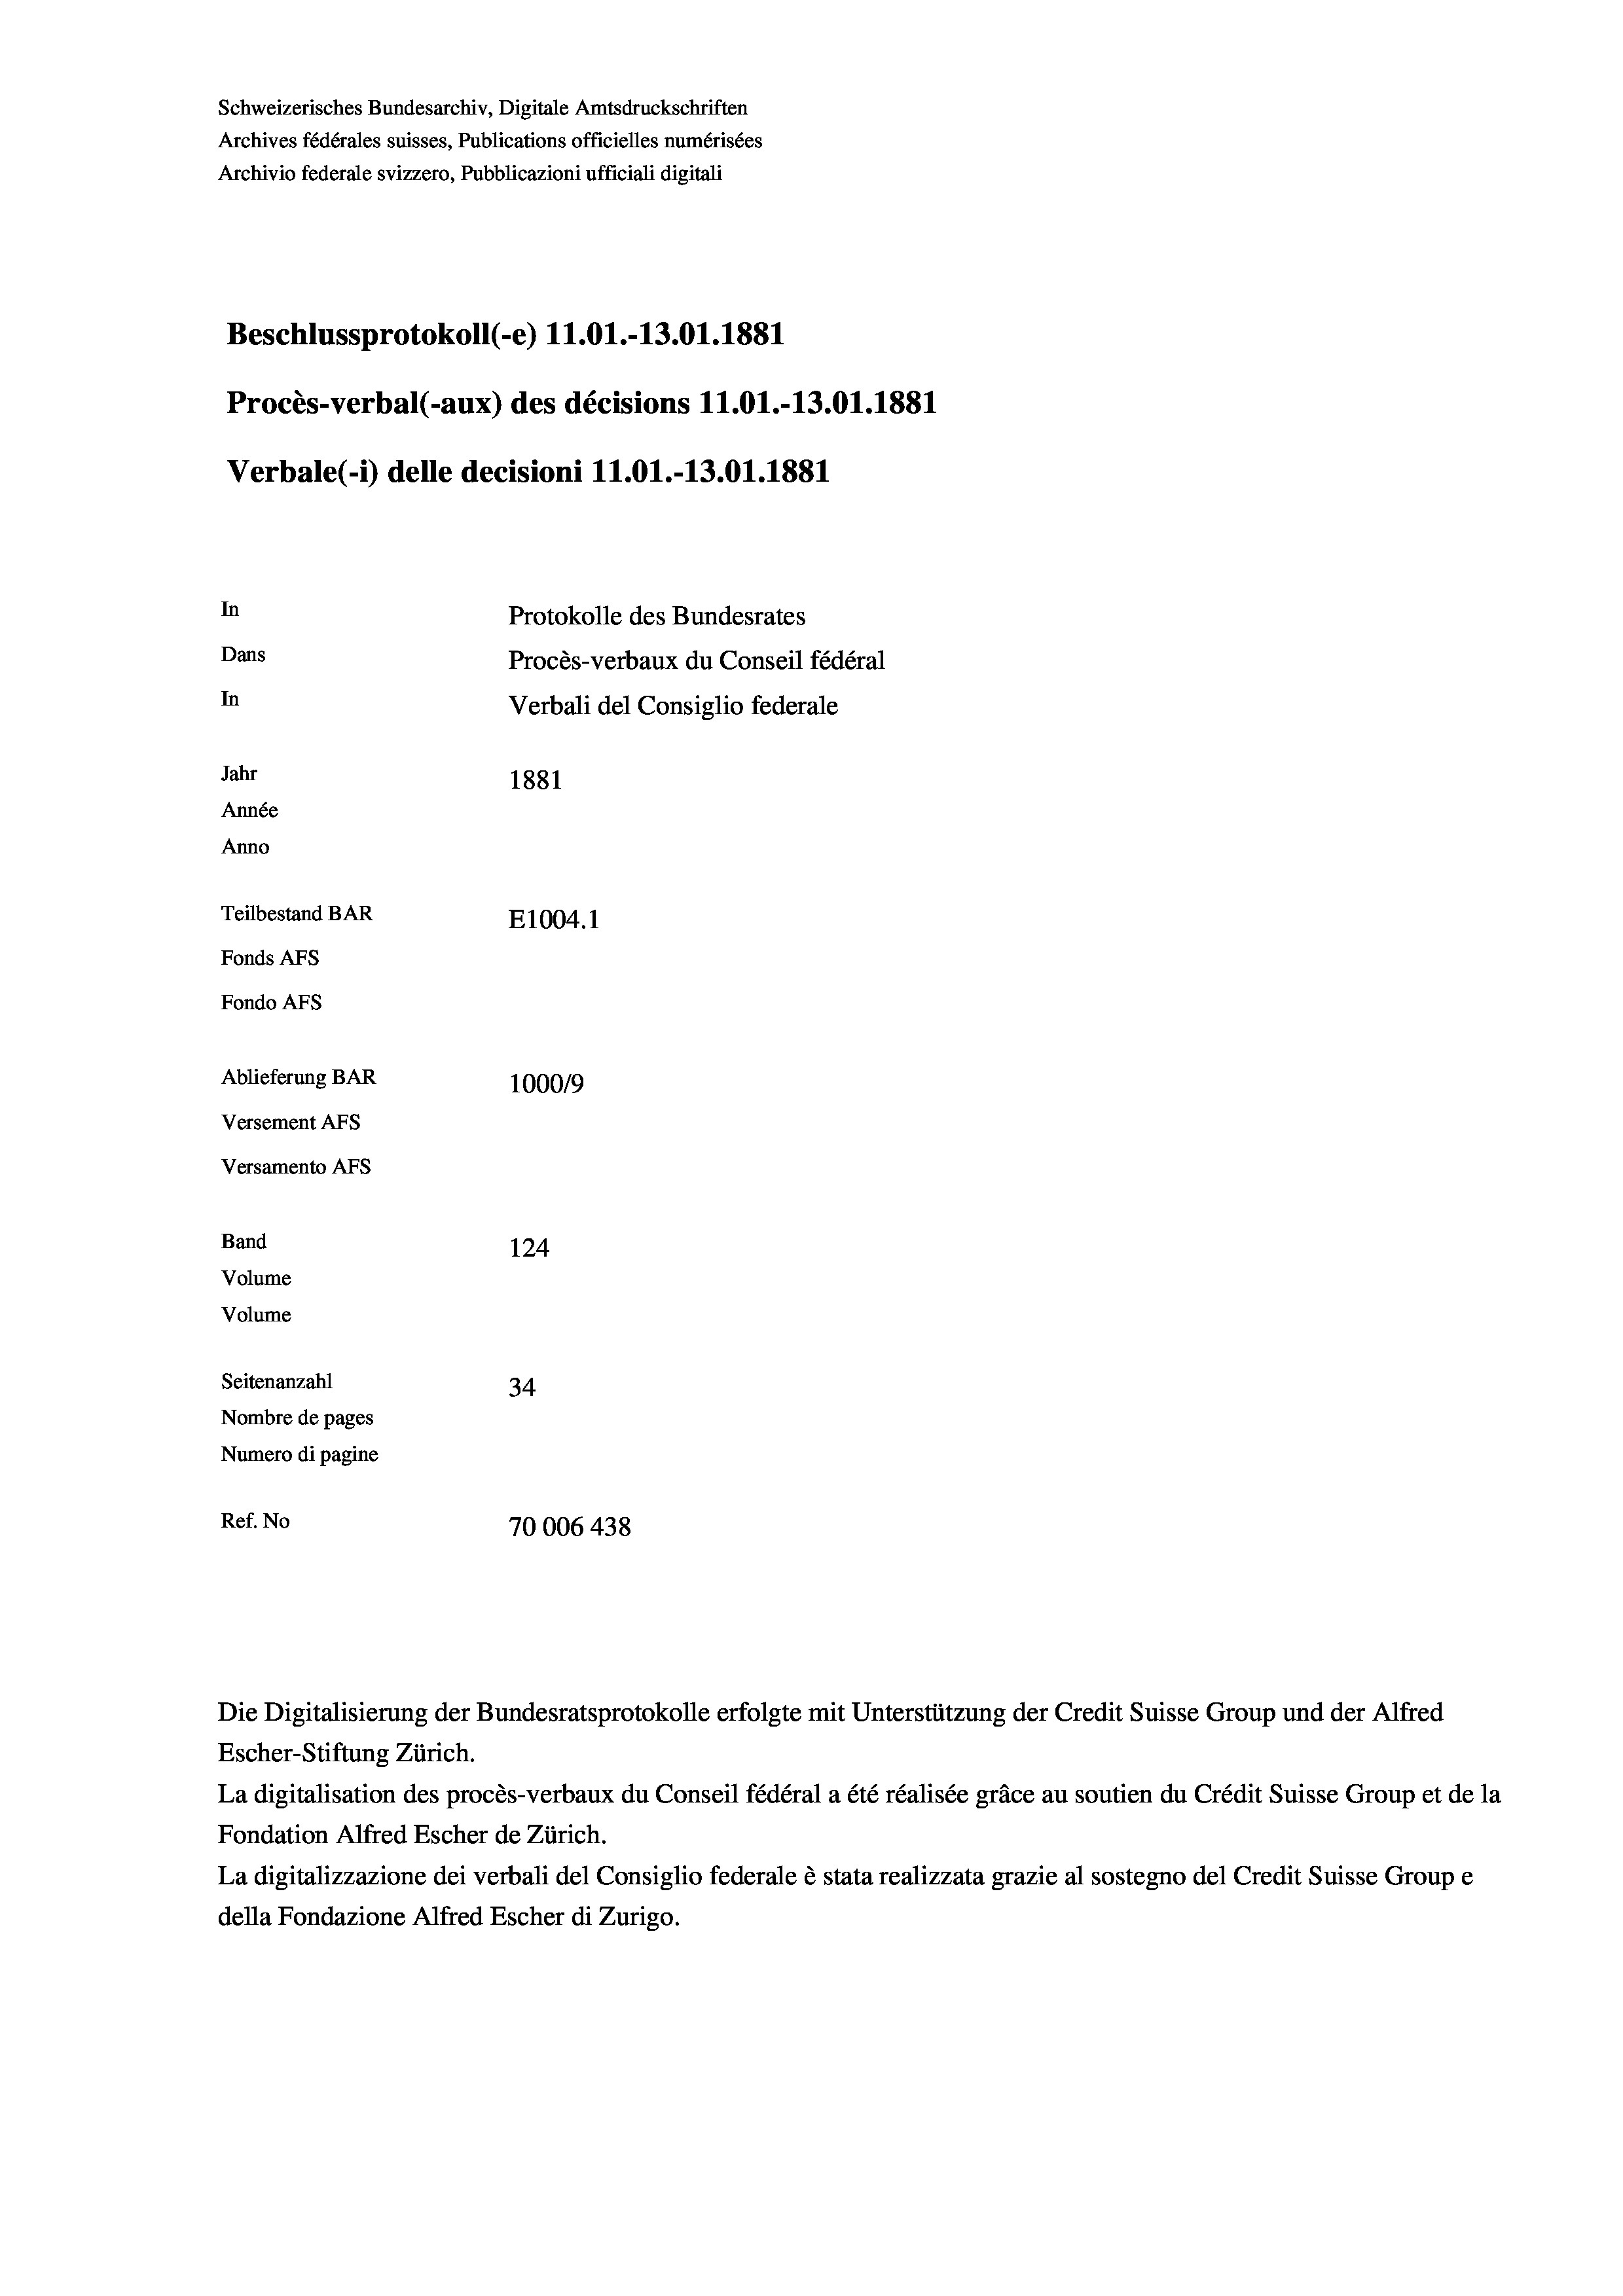
Schweizerisches Bundesarchiv, Digitale Amtsdruckschriften
Archives fédérales suisses, Publications officielles numérisées
Archivio federale svizzero, Pubblicazioni ufficiali digitali
Beschlussprotokoll (-e) 11.01.-13.01. 1881
Procès-verbal (-aux) des décisions 11.01.-13.01. 1881
Verbale (- 1) delle decisioni 11.01.-13.01. 1881
In
Protokolle des Bundesrates
Dans
Procès-verbaux du Conseil fédéral
In
Verbali del Consiglio federale
Jahr
1881
Année
Anno
Teilbestand BAR
E1004. 1
Fonds AFs
Fondo AFS
Ablieferung BAR
100019
Versement AFs
Versamento Afs
Band
124
Volume
Volume
Seitenanzahl
34
Nombre de pages
Numero di pagine
Ref. No
70006 438

Escher-Stiftung Zürich.
La digitalisation des procès-verbaux du Conseil fédéral a été réalisée gräce au soutien du Crédit Suisse Group et de la
Fondation Alfred Escher de Zürich.
La digitalizzazione dei verbali del Consiglio federale è stata realizzata grazie al sostegno del Credit Suisse Groupe
della Fondazione Alfred Escher di Zurigo.

Die Digitalisierung der Bundesratsprotokolle erfolgte mit Unterstützung der Credit Suisse Group und der Alfred